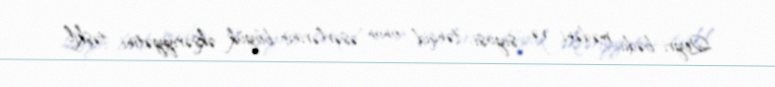
Qeyri-bədii mədəni və siyasi tənqid onun əsərlərinin böyük əksəriyyətini təşkil